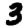
Digit: 3